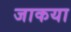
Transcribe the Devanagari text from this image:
जाकया